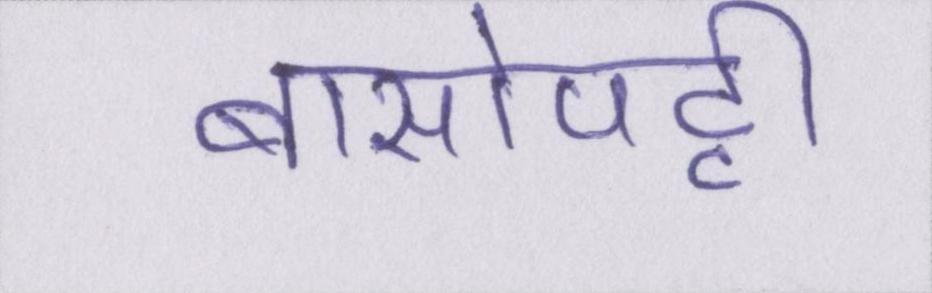
बासोपट्टी